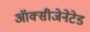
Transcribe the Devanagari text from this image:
ऑक्सीजेनेटेड